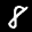
Label: 8